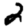
Digit: 2